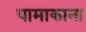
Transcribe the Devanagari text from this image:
यामाकाना